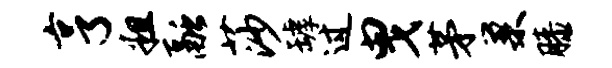
亨粗融莎罅过曳茅巢膝